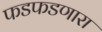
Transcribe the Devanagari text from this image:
फडफडणारा